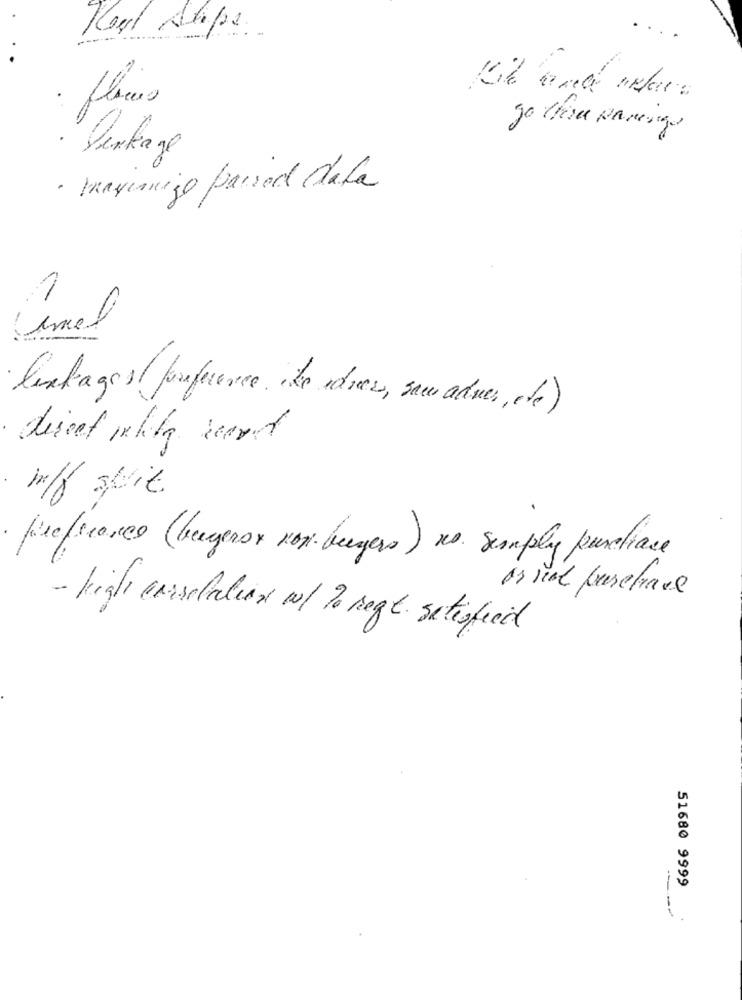
Rost Alope.
Perkage
· mayumigo parsed dela
1
lesbagest forference Le dres, sau adver, de)
disent nella svet
in/f suit
preference (beugenox von- belegers ) no. simply purchase
es real purchase
- high correlation w/ 20 regt. satisfied
51680 9999
---